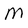
Character: M